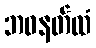
ဘဝနတ်ထံ